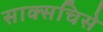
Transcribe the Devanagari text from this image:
साक्सचिसे